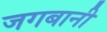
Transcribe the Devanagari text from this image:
जगबानी